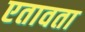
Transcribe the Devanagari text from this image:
एतावता